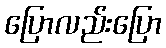
ပြောလည်းပြော